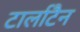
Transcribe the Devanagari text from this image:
टार्लाटैन